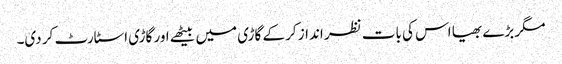
مگر بڑے بھیا اس کی بات نظر انداز کر کے گاڑی میں بیٹھے اور گاڑی اسٹارٹ کر دی۔